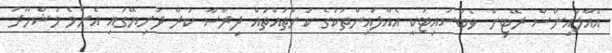
އެއާލައިންސް ރޭޓިން ވެބްސައިޓަކީ އެއާލައިންތަކުގެ ކަންތައްތައް ދިރާސާ ކުރާ ދުނިޔޭގައި އެންމެ މަޝްހޫރު